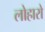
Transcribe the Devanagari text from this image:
लोहारो